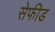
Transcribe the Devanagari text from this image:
सेफीड